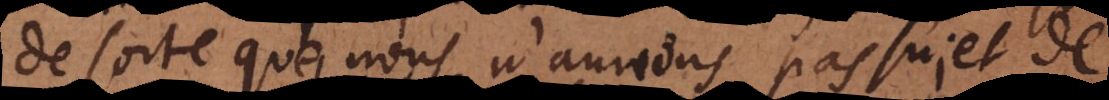
de sorte que nous n’aurions pas sujet d